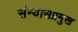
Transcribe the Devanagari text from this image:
संन्यासप्रमुख